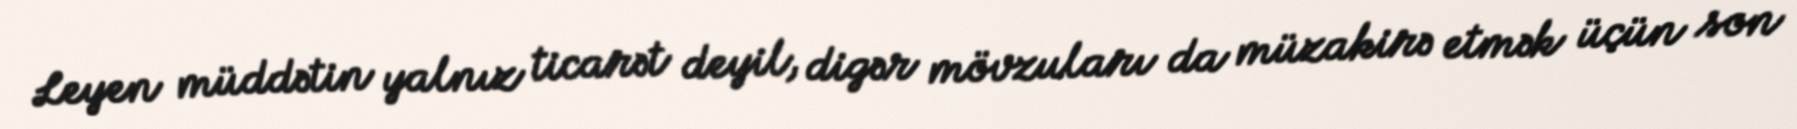
Leyen müddətin yalnız ticarət deyil, digər mövzuları da müzakirə etmək üçün son